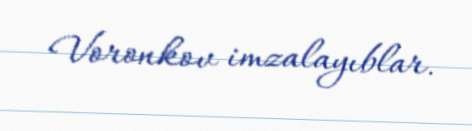
Voronkov imzalayıblar.